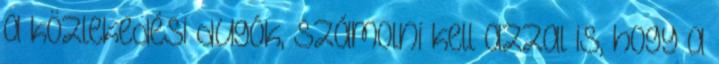
a közlekedési dugók, számolni kell azzal is, hogy a